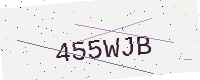
Text: 455WJB